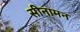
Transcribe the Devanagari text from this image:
सीनामन